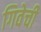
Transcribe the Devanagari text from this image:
गिवेची